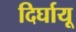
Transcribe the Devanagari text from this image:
दिर्घायू